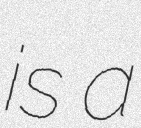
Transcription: is a